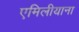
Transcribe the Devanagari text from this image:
एमिलीयाना